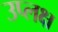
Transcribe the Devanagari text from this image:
उप्लक्ष